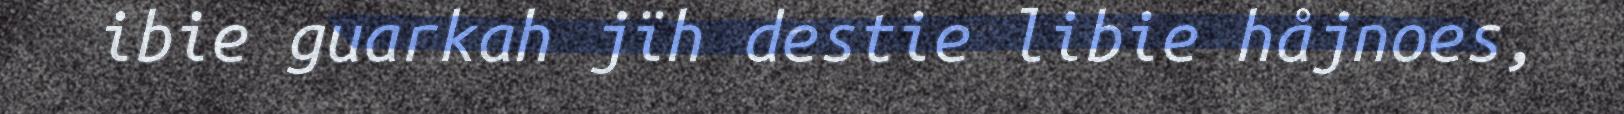
ibie guarkah jïh destie libie håjnoes,